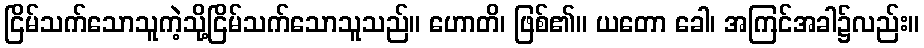
ငြိမ်သက်သောသူကဲ့သို့ငြိမ်သက်သောသူသည်။ ဟောတိ၊ ဖြစ်၏။ ယတော ခေါ၊ အကြင်အခါ၌လည်း။